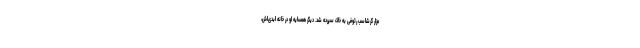
مزار گرشاسب رئوفی به خاک سپرده شد. دیگر همسایه او در خانه ابدی‌اش،